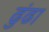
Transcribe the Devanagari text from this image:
ढुंढा